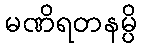
မဏိရတနမ္ပိ